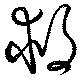
救